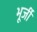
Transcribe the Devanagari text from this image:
भूर्जी